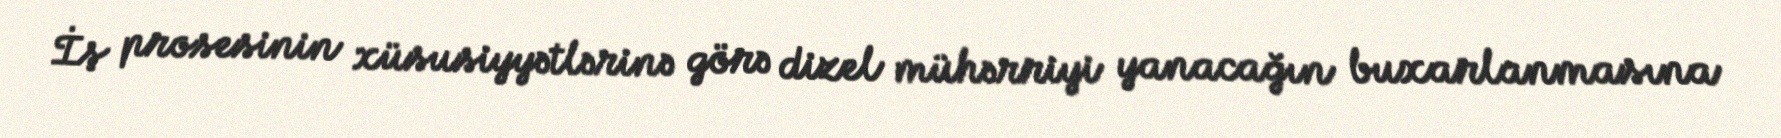
İş prosesinin xüsusiyyətlərinə görə dizel mühərriyi yanacağın buxarlanmasına